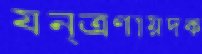
যন্ত্রণায়দক